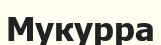
Мукурра